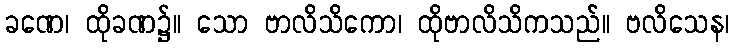
ခဏေ၊ ထိုခဏ၌။ သော ဗာလိသိကော၊ ထိုဗာလိသိကသည်။ ဗလိသေန၊